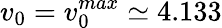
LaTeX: v_{0}=v_{0}^{max}\simeq 4.133